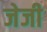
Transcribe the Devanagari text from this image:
जेजी